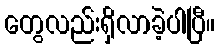
တွေလည်းရှိလာခဲ့ပါပြီ။